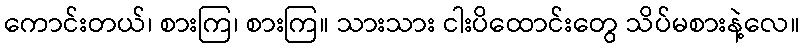
ကောင်းတယ်၊ စားကြ၊ စားကြ။ သားသား ငါးပိထောင်းတွေ သိပ်မစားနဲ့လေ။